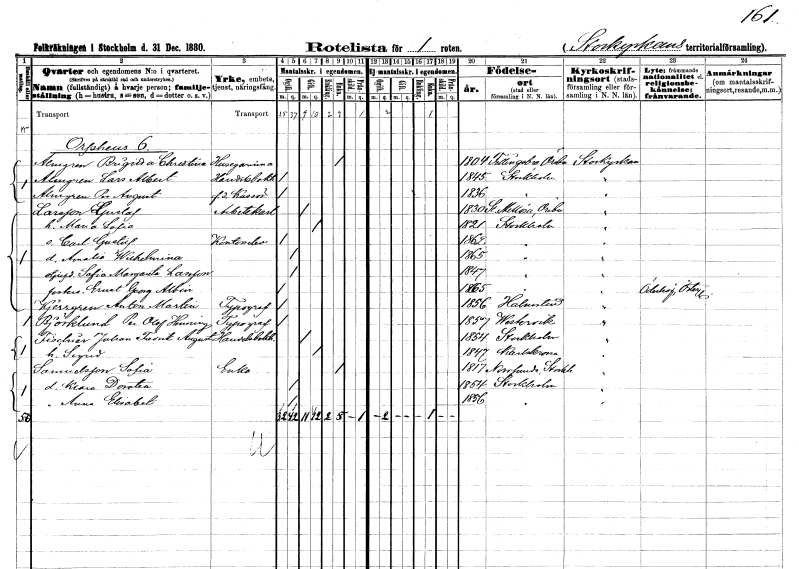
gt_parse: households: individuals: FN: Brigitta Christina
EN: Almgren
YRKE: Husägarinna
KON: K
CIV: E
FODAR: 1804
FODFORS: Fellingsbro Örebro län
FN: Lars Albert
EN: Almgren
YRKE: Handelsbokhållare
KON: M
CIV: O
FODAR: 1845
FODFORS: Stockholm
FN: Per August
EN: Almgren
YRKE: Kassör f.d.
KON: M
CIV: O
FODAR: 1836
FODFORS: Stockholm
FN: Gustaf
EN: Larsson
YRKE: Arbetskarl
KON: M
CIV: G
FODAR: 1830
FODFORS: Stora Mellösa Örebro län
FN: Maria Sofia
KON: K
CIV: G
FODAR: 1821
FODFORS: Stockholm
FN: Carl Gustaf
YRKE: Kontorselev
KON: M
CIV: O
FODAR: 1862
FODFORS: Stockholm
FN: Amalia Wilhelmina
KON: K
CIV: O
FODAR: 1865
FODFORS: Stockholm
FN: Sofia Margareta
EN: Larsson
KON: K
CIV: O
FODAR: 1847
FODFORS: Stockholm
FN: Ernst Georg Albin
KON: M
CIV: O
FODAR: 1865
FODFORS: Stockholm
FN: Anton Martin
EN: Kjerrgren
YRKE: Typograf
KON: M
CIV: O
FODAR: 1856
FODFORS: Halmstad Hallands län
FN: Per Olof Henning
EN: Björklund
YRKE: Typograf
KON: M
CIV: O
FODAR: 1857
FODFORS: Västervik Kalmar län
FN: Johan Fredrik August
EN: Fischier
YRKE: Handelsbokhållare
KON: M
CIV: G
FODAR: 1854
FODFORS: Stockholm
FN: Sigrid
KON: K
CIV: G
FODAR: 1847
FODFORS: Karlskrona Blekinge län
FN: Sofia
EN: Samuelsson
YRKE: Änka
KON: K
CIV: E
FODAR: 1817
FODFORS: Norrsunda Stockholms län
FN: Klara Dorotea
KON: K
CIV: O
FODAR: 1854
FODFORS: Stockholm
FN: Anna Elisabet
KON: K
CIV: O
FODAR: 1856
FODFORS: Stockholm